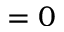
= 0